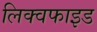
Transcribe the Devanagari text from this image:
लिक्वफाइड